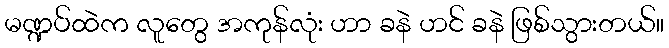
မဏ္ဍပ်ထဲက လူတွေ အကုန်လုံး ဟာ ခနဲ ဟင် ခနဲ ဖြစ်သွားတယ်။